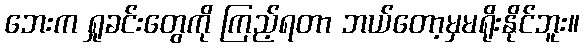
ဘေးက ရှုခင်းတွေကို ကြည့်ရတာ ဘယ်တော့မှမရိုးနိုင်ဘူး။